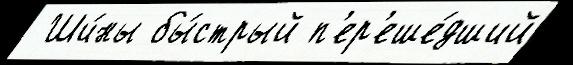
 Ши́ны бы́стрый п'ер'еше́дший